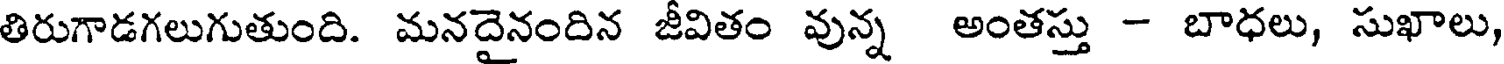
తిరుగాడగలుగుతుంది. మనదైనందిన జీవితం వున్న అంతస్తు - బాధలు, సుఖాలు,